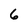
Character: 6